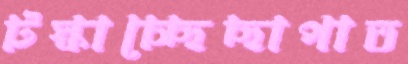
টস্‌কাচ্ছেছাপাত